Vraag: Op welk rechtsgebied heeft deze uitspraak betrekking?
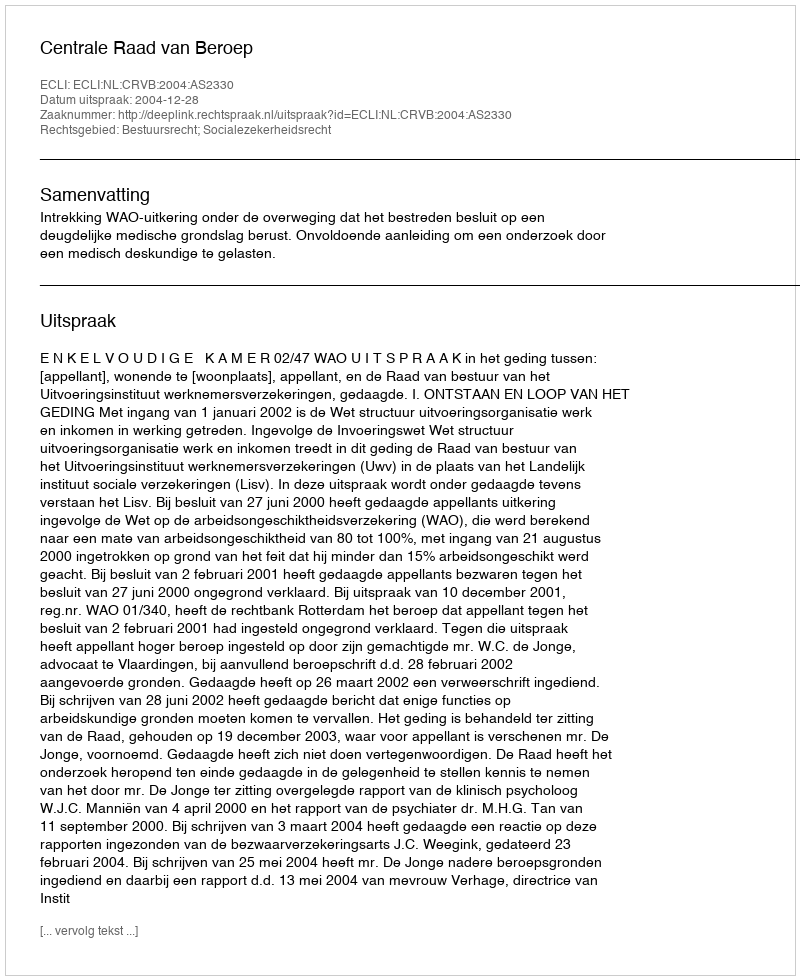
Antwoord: Bestuursrecht; Socialezekerheidsrecht